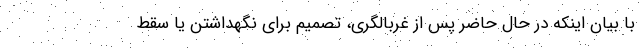
با بیان اینکه در حال حاضر پس از غربالگری، تصمیم برای نگهداشتن یا سقط